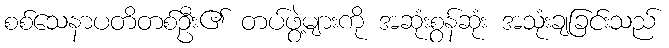
စစ်သေနာပတိတစ်ဦး၏ တပ်ဖွဲ့များကို အဆုံးစွန်ဆုံး အသုံးချခြင်းသည်